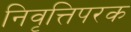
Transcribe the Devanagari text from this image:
निवृत्तिपरक